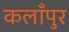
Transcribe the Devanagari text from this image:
कलाँपुर